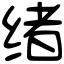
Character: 绪